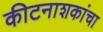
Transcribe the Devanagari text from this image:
कीटनाशकांचा